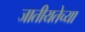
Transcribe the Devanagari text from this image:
जातीयतेच्या